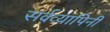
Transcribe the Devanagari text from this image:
सर्वव्यापिनी